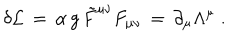
LaTeX: \delta { \cal L } \, = \, \alpha \, g \, { \tilde { F } } ^ { \mu \nu } F _ { \mu \nu } \, = \, \partial _ { \mu } \Lambda ^ { \mu } \; .